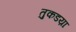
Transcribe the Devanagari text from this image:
तुकडय़ा